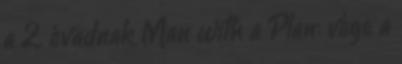
a 2. évadnak Man with a Plan: vége a